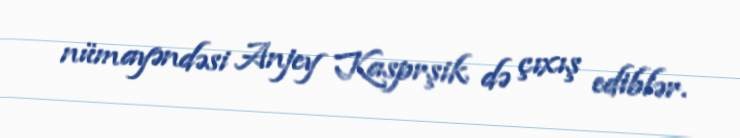
nümayəndəsi Anjey Kasprşik də çıxış ediblər.